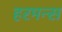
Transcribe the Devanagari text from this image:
हरमन्स